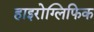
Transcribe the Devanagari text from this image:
हाइरोग्लिफिक